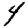
Digit: 4